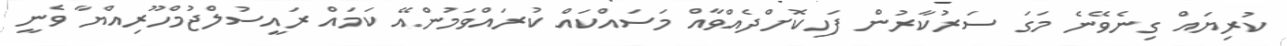
ކުރިޔައް ގިނެވޭނެ މަގަ ސަރުކާރުން ފަހިކޮށްދެއްވާއް މަސައްކައް ކުރައްވަމުންއޭ ކަމައް ރައީސުލްޖުމްހޫރިއްޔާ ވެނީ